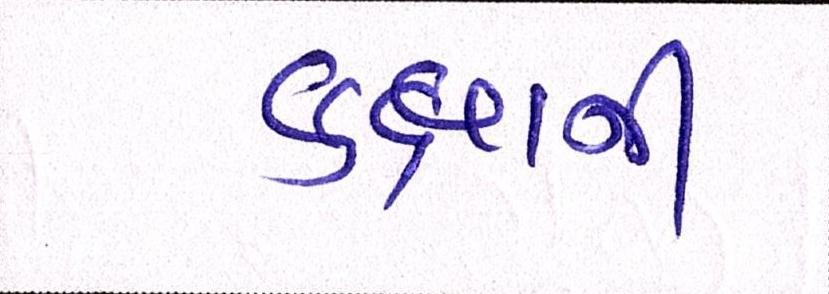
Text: કક્ષાની